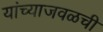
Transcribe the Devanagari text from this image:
यांच्याजवळची